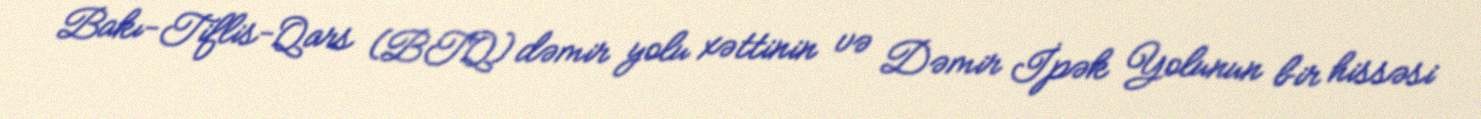
Bakı-Tiflis-Qars (BTQ) dəmir yolu xəttinin və Dəmir İpək Yolunun bir hissəsi